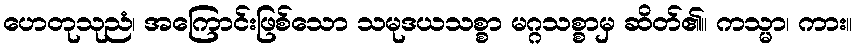
ဟေတုသုညံ၊ အကြောင်းဖြစ်သော သမုဒယသစ္စာ မဂ္ဂသစ္စာမှ ဆိတ်၏။ ကသ္မာ၊ ကား။